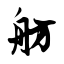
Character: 舫